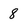
Character: 8